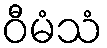
ဝီမံသံ